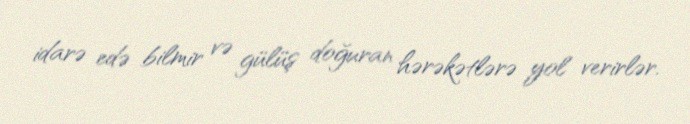
idarə edə bilmir və gülüş doğuran hərəkətlərə yol verirlər.